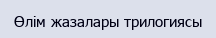
Өлім жазалары трилогиясы